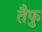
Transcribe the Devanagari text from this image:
तैफु